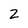
Character: 2